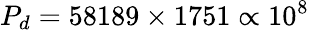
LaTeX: P_{d}=58189\times 1751\propto 10^{8}